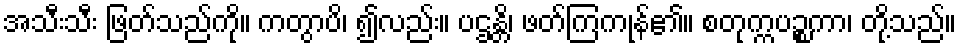
အသီးသီး ဖြတ်သည်ကို။ ကတွာပိ၊ ၍လည်း။ ပဌန္တိ၊ ဖတ်ကြကုန်၏။ စတုက္ကပဉ္စကာ၊ တို့သည်။